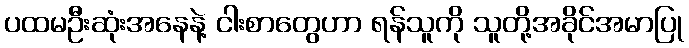
ပထမဦးဆုံးအနေနဲ့ ငါးစာတွေဟာ ရန်သူကို သူတို့အခိုင်အမာပြု